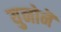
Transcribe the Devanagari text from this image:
युनोनॆ